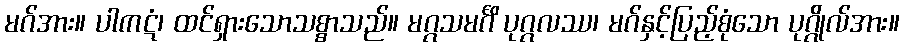
မဂ်အား။ ပါကဋံ၊ ထင်ရှားသောသစ္စာသည်။ မဂ္ဂသမင်္ဂိ ပုဂ္ဂလဿ၊ မဂ်နှင့်ပြည့်စုံသော ပုဂ္ဂိုလ်အား။